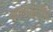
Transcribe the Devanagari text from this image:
अकाऊंटींग